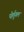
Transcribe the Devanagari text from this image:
पोर्तुगल